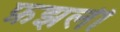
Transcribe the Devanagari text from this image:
फ़झली